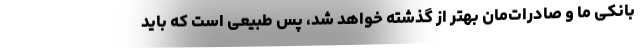
بانکی ما و صادرات‌مان بهتر از گذشته خواهد شد، پس طبیعی است که باید